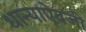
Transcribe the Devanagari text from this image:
धान्याऐवजी